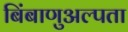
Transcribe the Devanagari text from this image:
बिंबाणुअल्पता